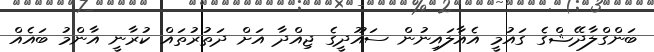
ބަންގްލާދޭޝްގެ ގައުމީ އެއާލައިނުން ސައޫދީގެ ޖިއްދާ އަށް ދަތުރުތައް ކުރާނީ އާންމު ބައެއް